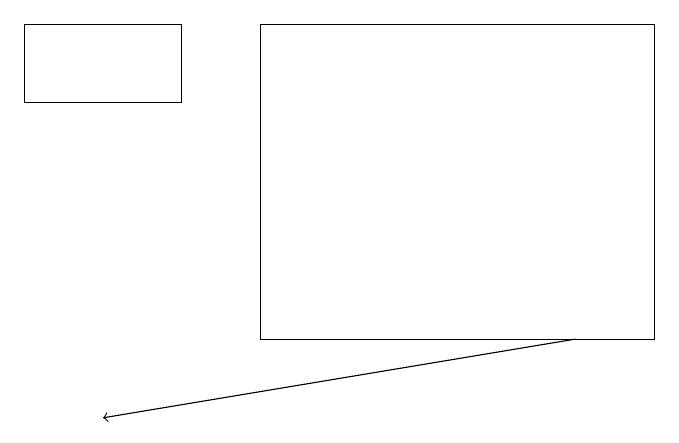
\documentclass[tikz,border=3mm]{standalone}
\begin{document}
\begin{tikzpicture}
\draw (0,14) rectangle (2,15);
\draw (8,15) rectangle (3,11);
\draw[->] (7,11) -- (1,10);
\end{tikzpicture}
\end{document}